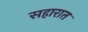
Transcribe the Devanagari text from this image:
सहारात